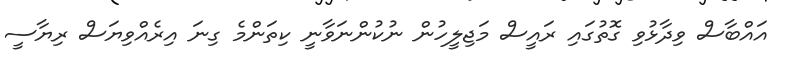
އައްބާސް ވިދާޅުވި ގޮތުގައި ރައީސް މަޖިލީހުން ނުކުންނަވާނީ ކިތަންމެ ގިނަ އިރެއްވިޔަސް ރިޔާސީ